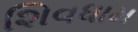
શિવધામ